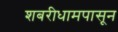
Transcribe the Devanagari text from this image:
शबरीधामपासून